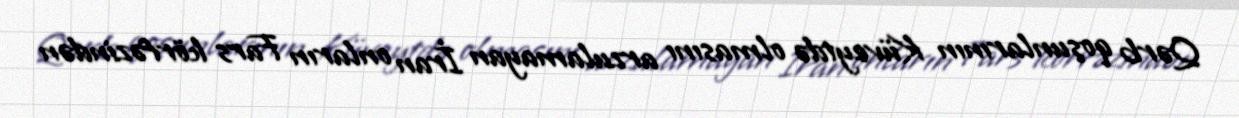
Qərb qoşunlarının Küveytdə olmasını arzulamayan İran onların Fars körfəzindən